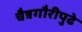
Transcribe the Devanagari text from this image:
चैत्रगौरीपुढे